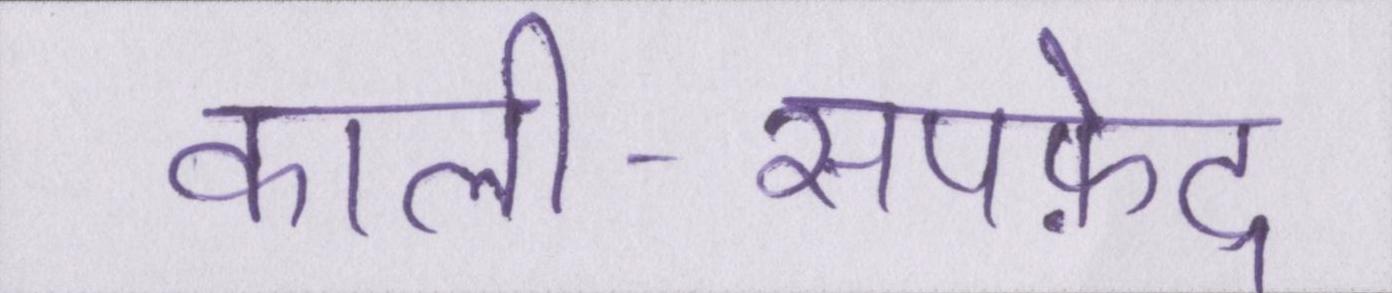
काली-सपफ़ेद